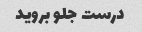
درست جلو بروید